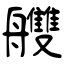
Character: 艭